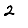
Digit: 2